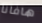
هافانا